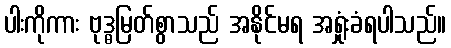
ပါးကိုကား ဗုဒ္ဓမြတ်စွာသည် အနိုင်မရ အရှုံးခံရပါသည်။